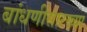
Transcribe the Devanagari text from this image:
बांधणीसारख्या